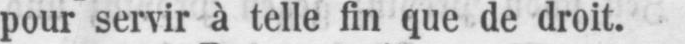
pour servir à telle fin que de droit.